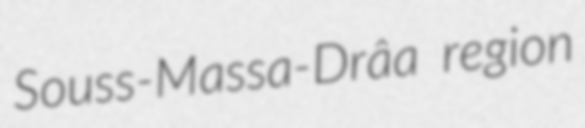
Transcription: Souss-Massa-Drâa region